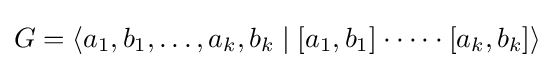
G=\langle a_{1},b_{1},\dots ,a_{k},b_{k}\mid [a_{1},b_{1}]\cdot \dots \cdot [a_{k},b_{k}]\rangle